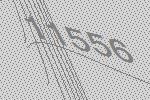
11556